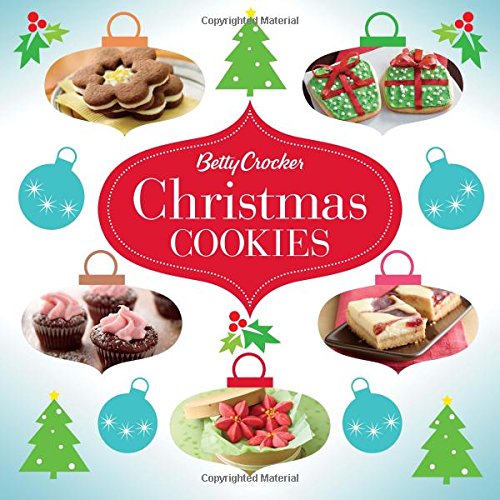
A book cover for Betty Crocker Christmas Cookies (Betty Crocker Cooking); Betty Crocker; Cookbooks, Food & Wine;